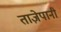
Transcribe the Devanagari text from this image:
ताज़ेपानी